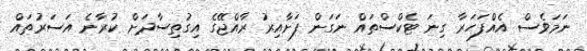
ނަމަވެސް އެއްފަހަރާ ގިނަ ޓެކްސްތައް ނަގަން ފަށާއިރު ރާއްޖޭގެ އިގުތިސާދަށް ކުރާނެ އަސަރުތައް